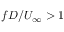
f D / U _ { \infty } > 1